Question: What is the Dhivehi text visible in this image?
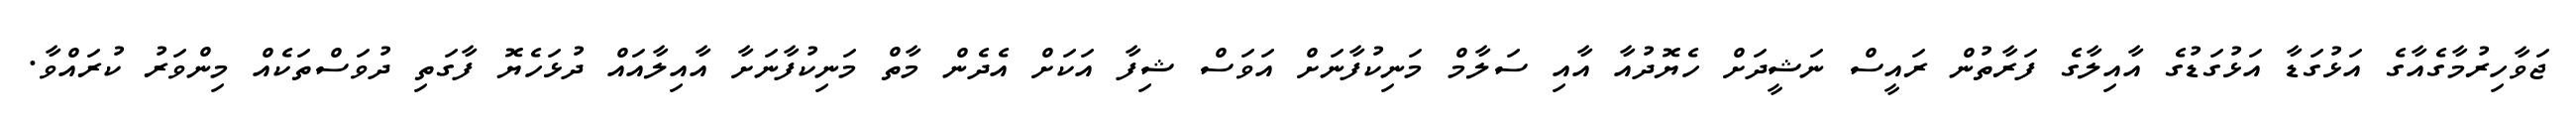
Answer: ޖަވާހިރުމާގެއާގެ އަޅުގަޑާ އަޅުގަޑުގެ އާއިލާގެ ފަރާތުން ރައީސް ނަޝީދަށް ހެޔޮދުއާ އާއި ސަލާމް މަނިކުފާނަށް އަވަސް ޝިފާ އަކަށް އެދެން މާތް މަނިކުފާނަށާ އާއިލާއައް ދުޅަހެޔޮ ފާގަތި ދުވަސްތަކެއް މިންވަރު ކުރައްވާ.